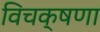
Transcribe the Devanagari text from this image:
विचक्षणा